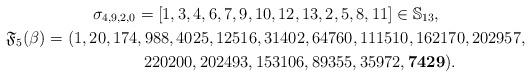
LaTeX: \begin{gather*}\sigma_{4,9,2,0} = [1,3,4,6,7,9,10,12,13,2,5,8,11] \in \mathbb{S}_{13},\\\mathfrak{F}_5(\beta)= (1,20,174,988,4025,12516,31402,64760,111510,162170,202957,\\\hphantom{\mathfrak{F}_5(\beta)= (}{} 220200,202493,153106,89355,35972,{\bf 7429}).\end{gather*}